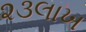
૨૩લાખ